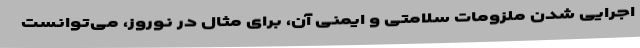
اجرایی شدن ملزومات سلامتی و ایمنی آن، برای مثال در نوروز، می‌توانست